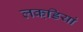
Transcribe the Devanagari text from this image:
लकडि़यां